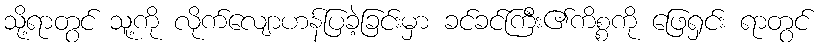
သို့ရာတွင် သူ့ကို လိုက်လျောဟန်ပြခဲ့ခြင်းမှာ ခင်ခင်ကြီး၏ကိစ္စကို ဖြေရှင်း ရာတွင်